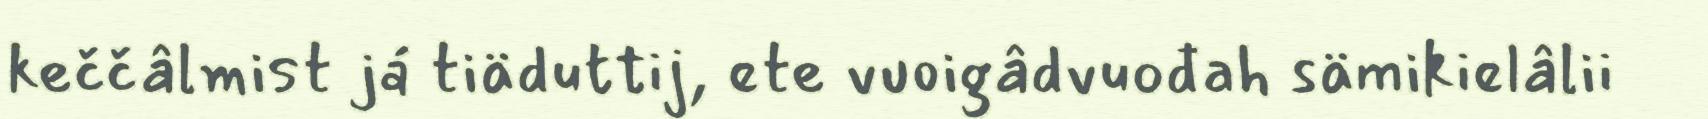
keččâlmist já tiäduttij, ete vuoigâdvuođah sämikielâlii